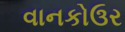
વાનકોઉર